Manual of the Civil Veterinary Department, Central Provinces and Berar
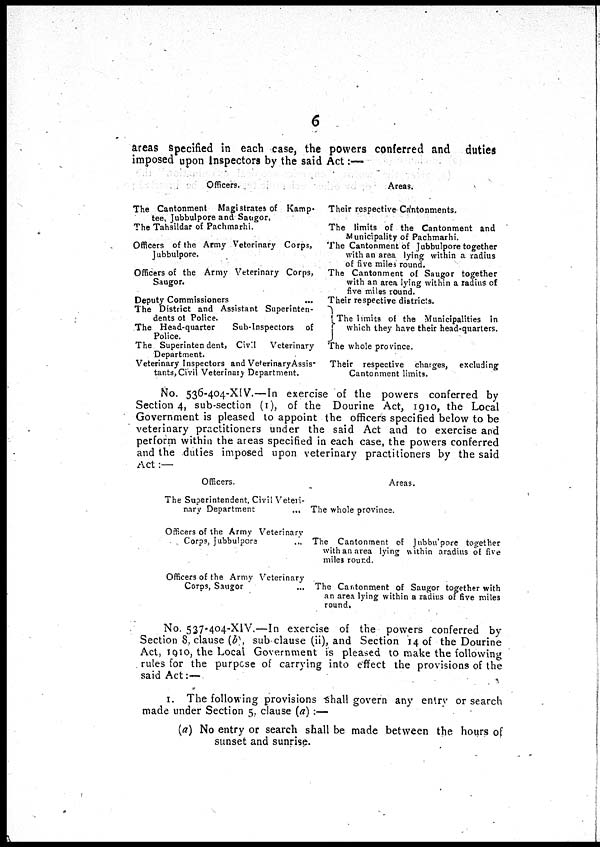
6
areas specified in each case, the powers conferred and duties
imposed upon Inspectors by the said Act:—
Officers.
The Cantonment Magistrates of Kamp-
tee, Jubbulpore and Saugor.
The Tahsildar of Pachmarhi
Officers of the Army Veterinary Corps,
Jubbulpore.
Officers of the Army Veterinary Corps,
Saugor.
Deputy Commissioners
The District and Assistant Superinten-
dents of Police.
The Head-quarter Sub-Inspectors of
police
The Superintendent, Civil
Veterinary
Department.
Veterinary Inspectors and Ve»erinaryAssis*
tants, Civil Veterinary Department.
Areas.
Their respective Cantonments.
The limits of the Cantonment and
Municipality of Pachmarhi.
The Cantonment of Jubbulpore together
with an area lying within a radius
of five miles round.
The Cantonment of Saugor together
with an area lying within a radius of
five miles round.
Their respective districts.
The hmits of the Municipalities in
which they have their head-quarters.
The whole province.
Their respective charges, excluding
Cantonment limits.
No. 536-404-XIV.—In exercise of the powers conferred by
Section 4, sub-section (1), of the Dourine Act, 1910, the Local
Government is pleased to appoint the officers specified below to be
veterinary practitioners under the said Act and to exercise and
perform within the areas specified in each case, the powers conferred
and the duties imposed upon veterinary practitioners by the said
Act:—
Officers.
The Superintendent, Civil Veteri-
nary Department
...
Officers of the Army Veterinary
Corps, Jubbulpors ...
Officers of the Army Veterinary
Corps, Saugor ...
Areas.
The whole province.
The Cantonment of Jnbbu'pore together
with an area lying within aradius of five
miles round.
The Cantonment of Saugor together with
an area lying within a radius of five miles
round.
No- 537-404-XIV.—In exercise of the powers conferred by
Section 8 clause (b) sub clause (ii), and Section 14 of the Dourine
Act, 1910, the Local Government is pleased to make the following
rules for the purpose of carrying into effect the provisions of the
said Act:—
1. The following provisions shall govern any entry or search
made under Section 5. clause (a) :—
(a) No entry or search shall be made between the hours of
sunset and sunrise.